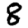
Digit: 8